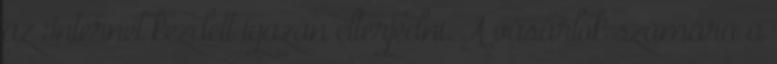
az Internet kezdett igazán elterjedni. A vásárlók számára a